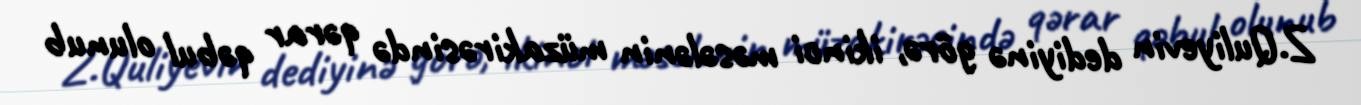
Z.Quliyevin dediyinə görə, ikinci məsələnin müzakirəsində qərar qəbul olunub